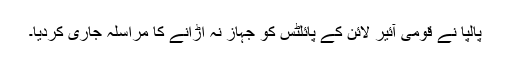
پالپا نے قومی آئیر لائن کے پائلٹس کو جہاز نہ اڑانے کا مراسلہ جاری کردیا۔